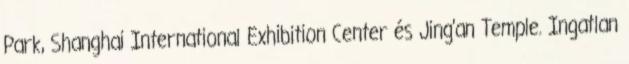
Park, Shanghai International Exhibition Center és Jing'an Temple. Ingatlan